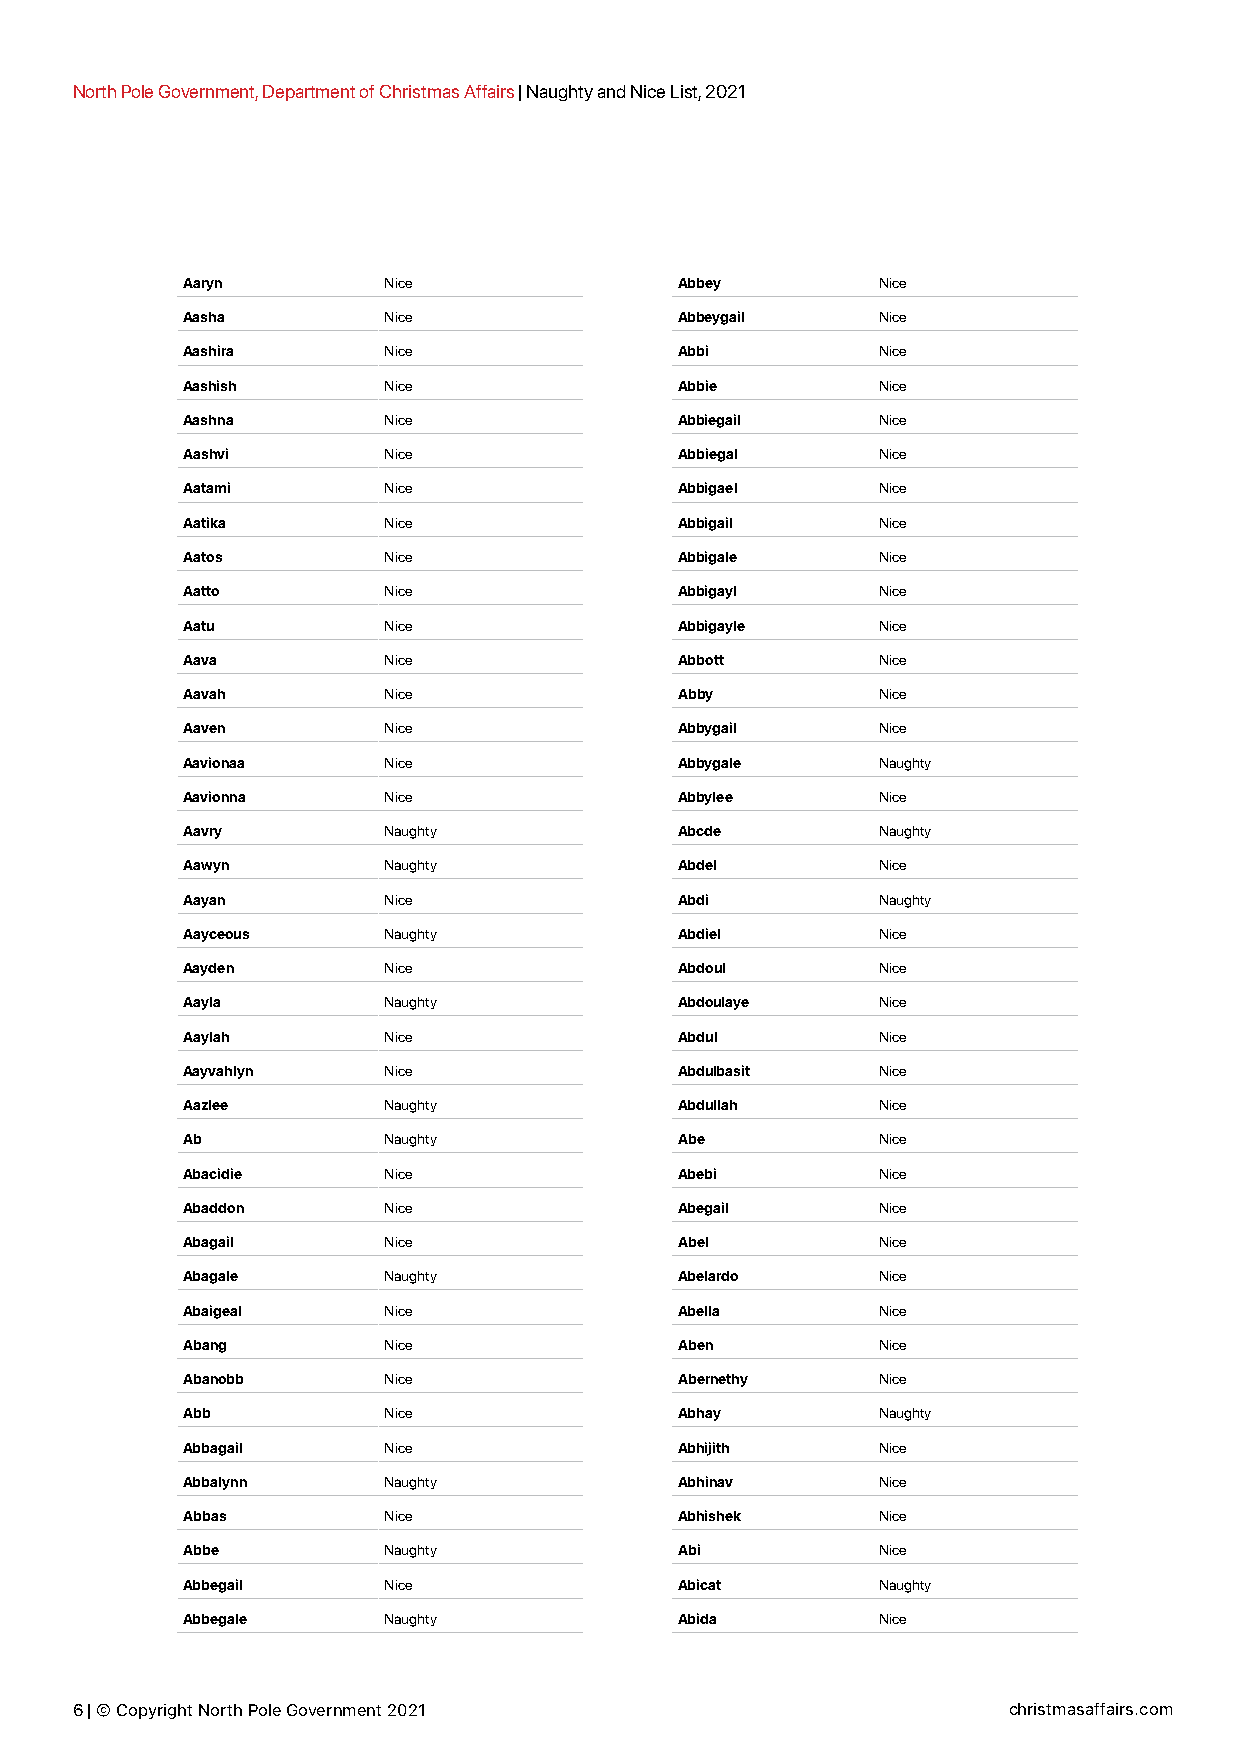
North Pole Government, Department of Christmas Affairs | Naughty and Nice List, 2021
 Aaryn        Nice                Abbey        Nice
 Aasha        Nice                Abbeygail    Nice
 Aashira      Nice                Abbi         Nice
 Aashish      Nice                Abbie        Nice
 Aashna       Nice                Abbiegail    Nice
 Aashvi       Nice                Abbiegal     Nice
 Aatami       Nice                Abbigael     Nice
 Aatika       Nice                Abbigail     Nice
 Aatos        Nice                Abbigale     Nice
 Aatto        Nice                Abbigayl     Nice
 Aatu         Nice                Abbigayle    Nice
 Aava         Nice                Abbott       Nice
 Aavah        Nice                Abby         Nice
 Aaven        Nice                Abbygail     Nice
 Aavionaa     Nice                Abbygale     Naughty
 Aavionna     Nice                Abbylee      Nice
 Aavry        Naughty             Abcde        Naughty
 Aawyn        Naughty             Abdel        Nice
 Aayan        Nice                Abdi         Naughty
 Aayceous     Naughty             Abdiel       Nice
 Aayden       Nice                Abdoul       Nice
 Aayla        Naughty             Abdoulaye    Nice
 Aaylah       Nice                Abdul        Nice
 Aayvahlyn    Nice                Abdulbasit   Nice
 Aazlee       Naughty             Abdullah     Nice
 Ab           Naughty             Abe          Nice
 Abacidie     Nice                Abebi        Nice
 Abaddon      Nice                Abegail      Nice
 Abagail      Nice                Abel         Nice
 Abagale      Naughty             Abelardo     Nice
 Abaigeal     Nice                Abella       Nice
 Abang        Nice                Aben         Nice
 Abanobb      Nice                Abernethy    Nice
 Abb          Nice                Abhay        Naughty
 Abbagail     Nice                Abhijith     Nice
 Abbalynn     Naughty             Abhinav      Nice
 Abbas        Nice                Abhishek     Nice
 Abbe         Naughty             Abi          Nice
 Abbegail     Nice                Abicat       Naughty
 Abbegale     Naughty             Abida        Nice
 6 | © Copyright North Pole Government 2021                    christmasaffairs.com